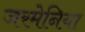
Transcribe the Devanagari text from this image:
जरमेनिया